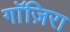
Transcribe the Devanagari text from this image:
गाॅज़िरा